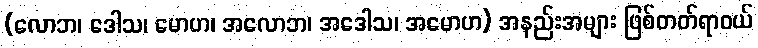
(လောဘ၊ ဒေါသ၊ မောဟ၊ အလောဘ၊ အဒေါသ၊ အမောဟ) အနည်းအများ ဖြစ်တတ်ရာဝယ်